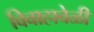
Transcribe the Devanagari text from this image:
विवाहावेळी